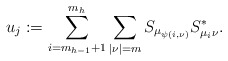
\begin{align*}u_j:=\sum_{i=m_{h-1}+1}^{m_h}\sum_{|\nu|=m}S_{\mu_{\psi(i,\nu)}}S_{\mu_i\nu}^*. \end{align*}